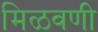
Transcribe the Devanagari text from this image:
मिळवणी